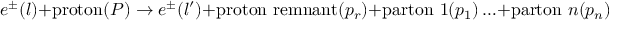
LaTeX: e ^ { \pm } ( l ) + \mathrm { p r o t o n } ( P ) \rightarrow e ^ { \pm } ( l ^ { \prime } ) + \mathrm { p r o t o n ~ r e m n a n t } ( p _ { r } ) + \mathrm { p a r t o n } \, \, 1 ( p _ { 1 } ) \ldots + \mathrm { p a r t o n } \, \, n ( p _ { n } )